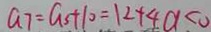
a _ { 7 } = a _ { 5 } + 1 0 = 1 2 + 4 a < 0